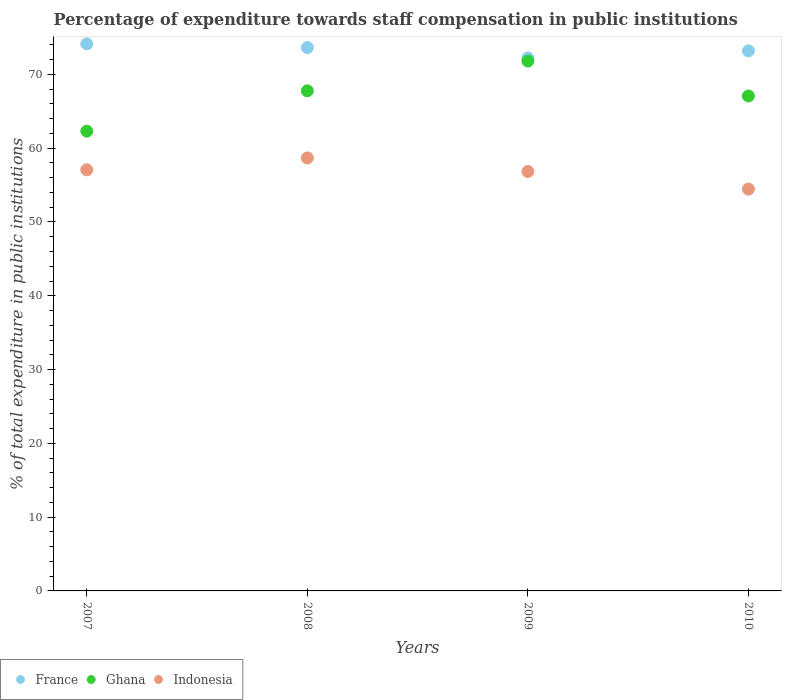
| Years | France | Ghana | Indonesia |
 | --- | --- | --- | --- |
 | 2007 | 74.1 | 62.3 | 57.1 |
 | 2008 | 73.6 | 67.8 | 58.7 |
 | 2009 | 72.2 | 71.8 | 56.8 |
 | 2010 | 73.2 | 67.1 | 54.5 |